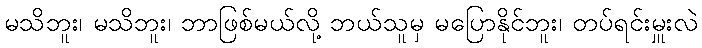
မသိဘူး၊ မသိဘူး၊ ဘာဖြစ်မယ်လို့ ဘယ်သူမှ မပြောနိုင်ဘူး၊ တပ်ရင်းမှူးလဲ